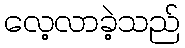
လေ့လာခဲ့သည်